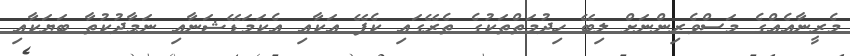
މެރީނާއެއްގެ މަސްވެރިންނަށް ލިބޭ ހިދުމަތްތަކުގެ ތެރޭގައި ކެފޭ އަކާއި އެކަމަޑޭޝަނާއި ނަމާދުކުތާ ބަޔަކާއި